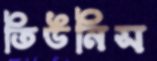
তিউনিস